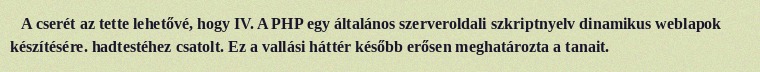
A cserét az tette lehetővé, hogy IV. A PHP egy általános szerveroldali szkriptnyelv dinamikus weblapok készítésére. hadtestéhez csatolt. Ez a vallási háttér később erősen meghatározta a tanait.